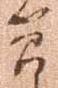
簡